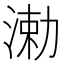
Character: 𬈆